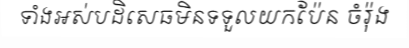
ទាំងអស់បដិសេធមិនទទួលយកប៉ែន ចំរ៉ុង